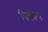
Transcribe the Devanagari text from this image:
बिडवेल